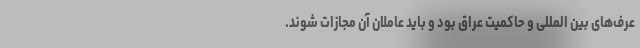
عرف‌های بین المللی و حاکمیت عراق بود و باید عاملان آن مجازات شوند.